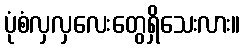
ပုံစံလှလှလေးတွေရှိသေးလား။